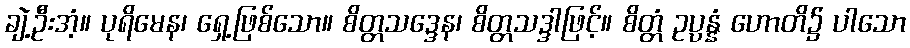
ချဲ့ဦးအံ့။ ပုရိမေန၊ ရှေ့ဖြစ်သော။ စိတ္တသဒ္ဒေန၊ စိတ္တသဒ္ဒါဖြင့်။ စိတ္တံ ဥပ္ပန္နံ ဟောတိ၌ ပါသော